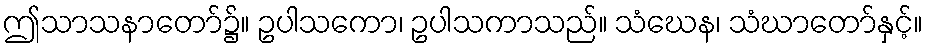
ဤသာသနာတော်၌။ ဥပါသကော၊ ဥပါသကာသည်။ သံဃေန၊ သံဃာတော်နှင့်။